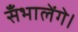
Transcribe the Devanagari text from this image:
सँभालेंगे।